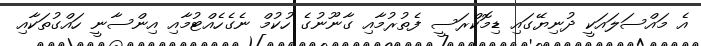
އެ މައްސަލައަކީ ދުނިޔޭގައި ޑިމޮކްރަސީ ފެތުރުމާއި ގާނޫނުގެ ހުކުމް ނެގެހެއްޓުމާއި އިންސާނީ ހައްގުތަކާއި